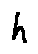
h